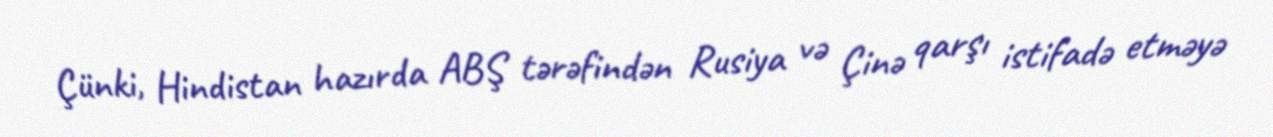
Çünki, Hindistan hazırda ABŞ tərəfindən Rusiya və Çinə qarşı istifadə etməyə